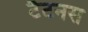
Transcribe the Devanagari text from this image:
टैटनस